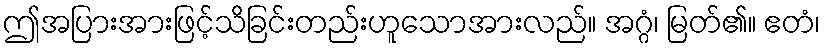
ဤအပြားအားဖြင့်သိခြင်းတည်းဟူသောအားလည်။ အဂ္ဂံ၊ မြတ်၏။ ဧတံ၊